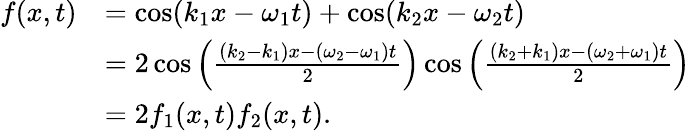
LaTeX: {\begin{array}{rl}{f(x,t)}&{=\cos(k_{1}x-\omega_{1}t)+\cos(k_{2}x-\omega_{2}t)}\\ &{=2\cos\left({\frac{(k_{2}-k_{1})x-(\omega_{2}-\omega_{1})t}{2}}\right)\cos\left({\frac{(k_{2}+k_{1})x-(\omega_{2}+\omega_{1})t}{2}}\right)}\\ &{=2f_{1}(x,t)f_{2}(x,t).}\end{array}}